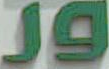
Jg